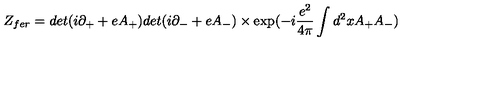
Z _ { f e r } = d e t ( i \partial _ { + } + e A _ { + } ) d e t ( i \partial _ { - } + e A _ { - } ) \times \exp ( - i \frac { e ^ { 2 } } { 4 \pi } \int d ^ { 2 } x A _ { + } A _ { - } )